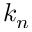
k _ { n }